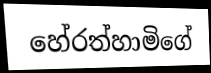
හේරත්හාමිගේ